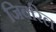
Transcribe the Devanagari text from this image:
जिबरिल